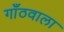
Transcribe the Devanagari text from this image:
गाँठवाला